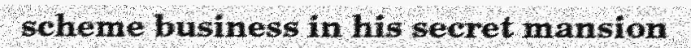
scheme business in his secret mansion